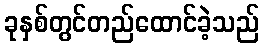
ခုနှစ်တွင်တည်ထောင်ခဲ့သည်